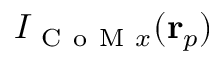
I _ { \mathrm { ~ C ~ o ~ M ~ } x } ( \mathbf { r } _ { p } )